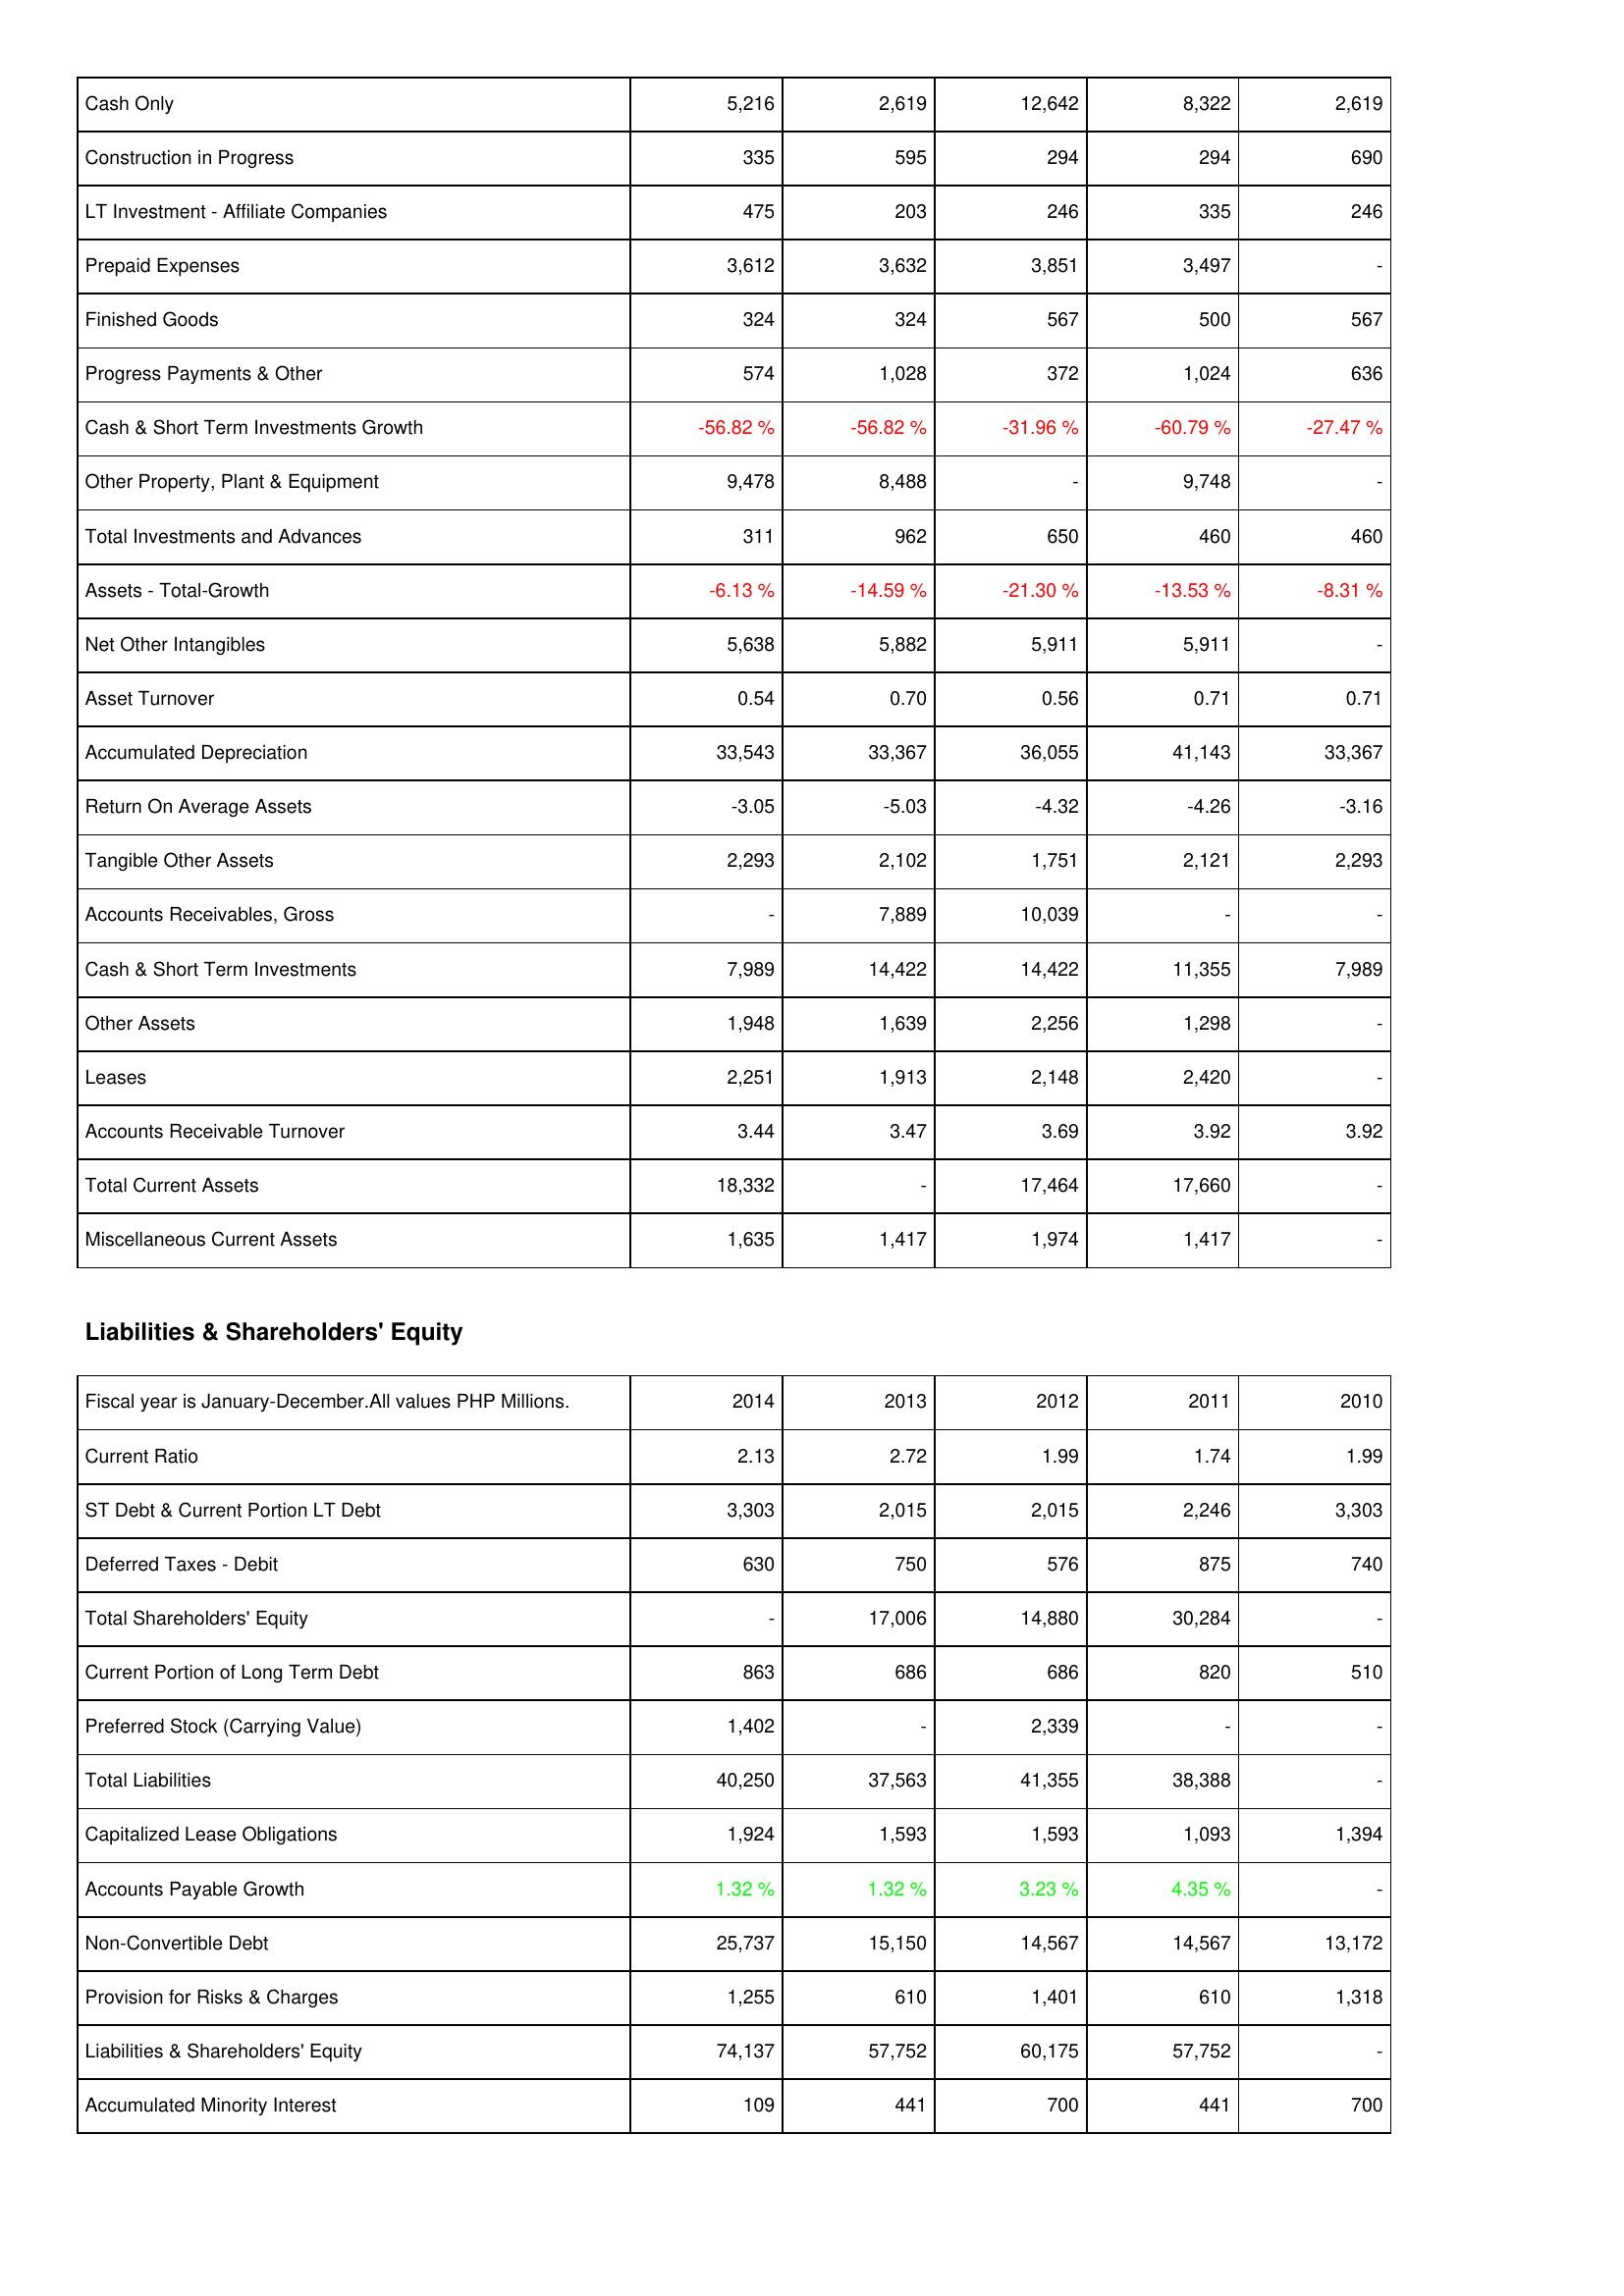
2014: Assets: Cash Only: 5,216
Construction in Progress: 335
LT Investment - Affiliate Companies: 475
Prepaid Expenses: 3,612
Finished Goods: 324
Progress Payments & Other: 574
Cash & Short Term Investments Growth: -56.82 %
Other Property, Plant & Equipment: 9,478
Total Investments and Advances: 311
Assets - Total-Growth: -6.13 %
Net Other Intangibles: 5,638
Asset Turnover: 0.54
Accumulated Depreciation: 33,543
Return On Average Assets: -3.05
Tangible Other Assets: 2,293
Accounts Receivables, Gross: -
Cash & Short Term Investments: 7,989
Other Assets: 1,948
Leases: 2,251
Accounts Receivable Turnover: 3.44
Total Current Assets: 18,332
Miscellaneous Current Assets: 1,635
Liabilities & Shareholders' Equity: Current Ratio: 2.13
ST Debt & Current Portion LT Debt: 3,303
Deferred Taxes - Debit: 630
Total Shareholders' Equity: -
Current Portion of Long Term Debt: 863
Preferred Stock (Carrying Value): 1,402
Total Liabilities: 40,250
Capitalized Lease Obligations: 1,924
Accounts Payable Growth: 1.32 %
Non-Convertible Debt: 25,737
Provision for Risks & Charges: 1,255
Liabilities & Shareholders' Equity: 74,137
Accumulated Minority Interest: 109
2013: Assets: Cash Only: 2,619
Construction in Progress: 595
LT Investment - Affiliate Companies: 203
Prepaid Expenses: 3,632
Finished Goods: 324
Progress Payments & Other: 1,028
Cash & Short Term Investments Growth: -56.82 %
Other Property, Plant & Equipment: 8,488
Total Investments and Advances: 962
Assets - Total-Growth: -14.59 %
Net Other Intangibles: 5,882
Asset Turnover: 0.70
Accumulated Depreciation: 33,367
Return On Average Assets: -5.03
Tangible Other Assets: 2,102
Accounts Receivables, Gross: 7,889
Cash & Short Term Investments: 14,422
Other Assets: 1,639
Leases: 1,913
Accounts Receivable Turnover: 3.47
Total Current Assets: -
Miscellaneous Current Assets: 1,417
Liabilities & Shareholders' Equity: Current Ratio: 2.72
ST Debt & Current Portion LT Debt: 2,015
Deferred Taxes - Debit: 750
Total Shareholders' Equity: 17,006
Current Portion of Long Term Debt: 686
Preferred Stock (Carrying Value): -
Total Liabilities: 37,563
Capitalized Lease Obligations: 1,593
Accounts Payable Growth: 1.32 %
Non-Convertible Debt: 15,150
Provision for Risks & Charges: 610
Liabilities & Shareholders' Equity: 57,752
Accumulated Minority Interest: 441
2012: Assets: Cash Only: 12,642
Construction in Progress: 294
LT Investment - Affiliate Companies: 246
Prepaid Expenses: 3,851
Finished Goods: 567
Progress Payments & Other: 372
Cash & Short Term Investments Growth: -31.96 %
Other Property, Plant & Equipment: -
Total Investments and Advances: 650
Assets - Total-Growth: -21.30 %
Net Other Intangibles: 5,911
Asset Turnover: 0.56
Accumulated Depreciation: 36,055
Return On Average Assets: -4.32
Tangible Other Assets: 1,751
Accounts Receivables, Gross: 10,039
Cash & Short Term Investments: 14,422
Other Assets: 2,256
Leases: 2,148
Accounts Receivable Turnover: 3.69
Total Current Assets: 17,464
Miscellaneous Current Assets: 1,974
Liabilities & Shareholders' Equity: Current Ratio: 1.99
ST Debt & Current Portion LT Debt: 2,015
Deferred Taxes - Debit: 576
Total Shareholders' Equity: 14,880
Current Portion of Long Term Debt: 686
Preferred Stock (Carrying Value): 2,339
Total Liabilities: 41,355
Capitalized Lease Obligations: 1,593
Accounts Payable Growth: 3.23 %
Non-Convertible Debt: 14,567
Provision for Risks & Charges: 1,401
Liabilities & Shareholders' Equity: 60,175
Accumulated Minority Interest: 700
2011: Assets: Cash Only: 8,322
Construction in Progress: 294
LT Investment - Affiliate Companies: 335
Prepaid Expenses: 3,497
Finished Goods: 500
Progress Payments & Other: 1,024
Cash & Short Term Investments Growth: -60.79 %
Other Property, Plant & Equipment: 9,748
Total Investments and Advances: 460
Assets - Total-Growth: -13.53 %
Net Other Intangibles: 5,911
Asset Turnover: 0.71
Accumulated Depreciation: 41,143
Return On Average Assets: -4.26
Tangible Other Assets: 2,121
Accounts Receivables, Gross: -
Cash & Short Term Investments: 11,355
Other Assets: 1,298
Leases: 2,420
Accounts Receivable Turnover: 3.92
Total Current Assets: 17,660
Miscellaneous Current Assets: 1,417
Liabilities & Shareholders' Equity: Current Ratio: 1.74
ST Debt & Current Portion LT Debt: 2,246
Deferred Taxes - Debit: 875
Total Shareholders' Equity: 30,284
Current Portion of Long Term Debt: 820
Preferred Stock (Carrying Value): -
Total Liabilities: 38,388
Capitalized Lease Obligations: 1,093
Accounts Payable Growth: 4.35 %
Non-Convertible Debt: 14,567
Provision for Risks & Charges: 610
Liabilities & Shareholders' Equity: 57,752
Accumulated Minority Interest: 441
2010: Assets: Cash Only: 2,619
Construction in Progress: 690
LT Investment - Affiliate Companies: 246
Prepaid Expenses: -
Finished Goods: 567
Progress Payments & Other: 636
Cash & Short Term Investments Growth: -27.47 %
Other Property, Plant & Equipment: -
Total Investments and Advances: 460
Assets - Total-Growth: -8.31 %
Net Other Intangibles: -
Asset Turnover: 0.71
Accumulated Depreciation: 33,367
Return On Average Assets: -3.16
Tangible Other Assets: 2,293
Accounts Receivables, Gross: -
Cash & Short Term Investments: 7,989
Other Assets: -
Leases: -
Accounts Receivable Turnover: 3.92
Total Current Assets: -
Miscellaneous Current Assets: -
Liabilities & Shareholders' Equity: Current Ratio: 1.99
ST Debt & Current Portion LT Debt: 3,303
Deferred Taxes - Debit: 740
Total Shareholders' Equity: -
Current Portion of Long Term Debt: 510
Preferred Stock (Carrying Value): -
Total Liabilities: -
Capitalized Lease Obligations: 1,394
Accounts Payable Growth: -
Non-Convertible Debt: 13,172
Provision for Risks & Charges: 1,318
Liabilities & Shareholders' Equity: -
Accumulated Minority Interest: 700